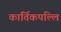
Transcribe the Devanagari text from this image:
कार्तिकपल्लि